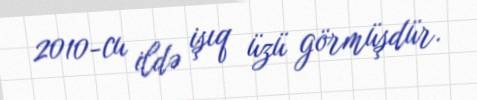
2010-cu ildə işıq üzü görmüşdür.